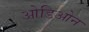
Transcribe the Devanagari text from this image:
ओडिओन